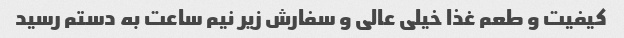
کیفیت و طعم غذا خیلی عالی و سفارش زیر نیم ساعت به دستم رسید